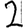
Digit: 2